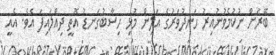
ބޭރަށް ނުކުމެވުނުއިރު ހަނދުވަރުގެ އަލިން މުޅި ހިސާބުގަނޑު އޮތީ ދިއްލައިފަ އެވެ. އެއީ